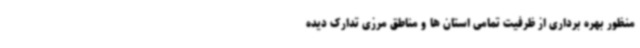
منظور بهره برداری از ظرفیت تمامی استان ها و مناطق مرزی تدارک دیده